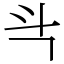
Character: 㪲